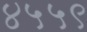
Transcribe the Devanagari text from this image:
४५५९